Vaccination North-Western Provinces 1866-1877 - 1866-1877
Year: 1866
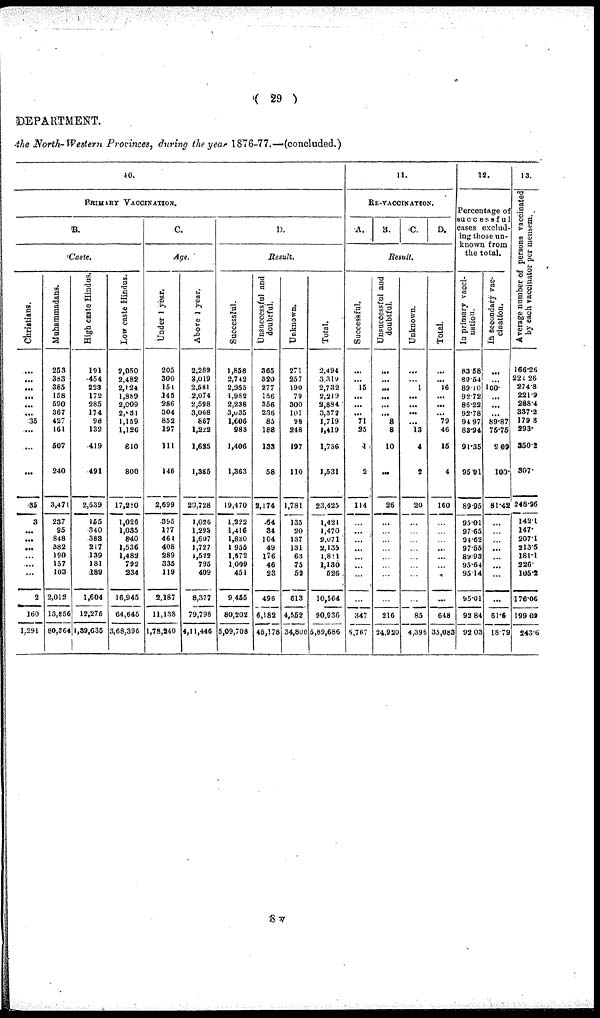
( 29 )
DEPARTMENT.
the North-Western Provinces, during the year 1876-77.—(concluded.)
10.
PRIMARY VACCINATION.
B.
Caste.
Christians.
...
...
...
...
...
...
35
...
...
...
35
3
...
...
...
...
...
...
2
160
1,291
Muhammadans.
253
383
385
158
590
367
427
161
507
240
3,471
237
95
848
382
190
157
103
2,012
13,856
80,364
High caste Hindus.
191
454
223
172
285
174
98
132
419
491
2,639
155
340
383
217
139
181
189
1,604
12,275
1,39,635
Low caste Hindus.
2,050
2,482
2,124
1,889
2,009
2,83l
1,159
1,126
810
800
17,280
1,026
1,035
840
1,536
1,482
792
234
16,945
64,645
3,68,396
C.
Age.
Under 1 year.
205
300
151
145
286
304
852
197
111
146
2,699
395
177
464
408
289
335
119
2,187
11,138
1,78,240
Above 1 year.
2,289
3,019
2,581
2,074
2,598
3,068
867
1,222
1,625
1,385
20,728
1,026
1,293
1,607
1,727
1,522
795
409
8,377
79,798
4,11,446
D.
Result.
Successful.
1,858
2,742
2,265
1,982
2,238
3,035
1,606
983
1,406
1,363
19,470
1,222
1,416
1,830
1 955
1,672
1.009
451
9.455
80,202
5,09,708
Unsuccessful and
doubtful.
365
320
277
156
356
236
85
188
133
58
2,174
64
34
104
49
176
46
23
496
6,182
45,178
Unknown.
271
257
190
79
300
101
28
248
197
110
1,781
135
20
137
131
63
75
52
613
4,552
34,800
Total.
2,494
3,319
2,732
2,219
2,884
3,372
1,719
1,419
1,736
1,531
23,425
1,421
1,470
2,071
2,135
1,811
1,130
526
10,564
90,936
5,89,686
11.
RE-VACCINATION.
A.
B.
C. D.
Result.
Successful.
...
...
15
...
...
...
71
25
4
2
114
...
...
...
...
...
...
...
...
347
5,767
Unsuccessful and
doubtful.
...
...
...
...
...
...
8
8
10
...
26
...
...
...
...
...
...
...
...
216
24,930
Unknown.
...
...
1
...
...
...
...
13
4
2
20
...
...
...
...
...
...
...
...
85
4,396
Total.
...
...
16
...
...
...
79
46
16
4
160
...
...
...
...
...
...
...
...
648
35,083
12.
Percentage of
successful
cases exclud-
ing those un-
known from
the total.
In primary vacci-
nation.
83.58
89.54
89.10
92.72
86.22
92.78
94.97
83.94
91.35
95.91
89.95
95.01
97.65
94.62
97.55
89.93
95.64
95.14
95.01
92.84
92.03
In secondary vac-
cination.
...
...
100.
...
...
...
89.87
76.76
9.08
100.
81.42
...
...
...
...
...
...
...
...
61.6
18.79
13.
Average number of persona vaccinated
by each vaccinator per mensem.
166.26
221.26
274.8
221.9
288.4
337.2
179.8
293.
350.2
307.
248.26
142.1
147.
207.1
213.5
181.1
226.
105.2
176.06
199.09
243.6
8 V